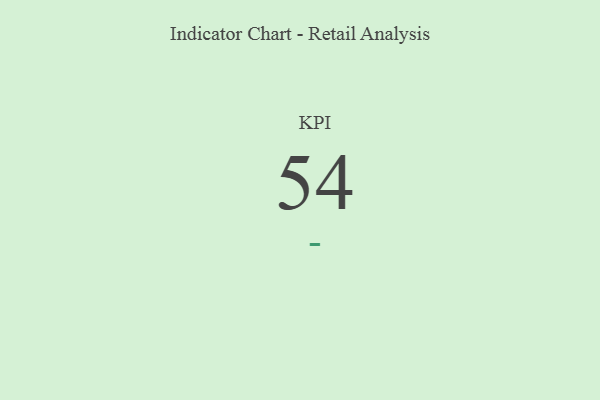
{"axis": {"x": "KPI", "y": "Value"}, "legend": [""], "data": [{"x": "KPI", "y": 54, "type": ""}]}